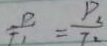
\frac { P } { T _ { 1 } } = \frac { P _ { 2 } } { T _ { 2 } }